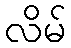
လိမ်